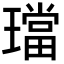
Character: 璫